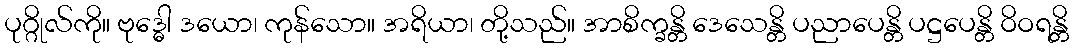
ပုဂ္ဂိုလ်ကို။ ဗုဒ္ဓေါ ဒယော၊ ကုန်သော။ အရိယာ၊ တို့သည်။ အာစိက္ခန္တိ ဒေသေန္တိ ပညာပေန္တိ ပဋ္ဌပေန္တိ ဝိဝရန္တိ